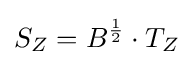
S_{Z}=B^{1 \over 2}\cdot T_{Z}